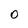
Character: 0